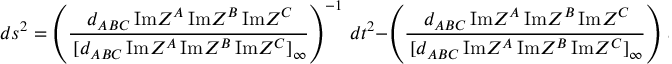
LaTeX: d s ^ { 2 } = \left( { \frac { \, d _ { A B C } \, \mathrm { I m } Z ^ { A } \, \mathrm { I m } Z ^ { B } \, \mathrm { I m } Z ^ { C } } { \, [ d _ { A B C } \, \mathrm { I m } Z ^ { A } \, \mathrm { I m } Z ^ { B } \, \mathrm { I m } Z ^ { C } ] _ { \infty } } } \right) ^ { - 1 } \, d t ^ { 2 } - \left( { \frac { \, d _ { A B C } \, \mathrm { I m } Z ^ { A } \, \mathrm { I m } Z ^ { B } \, \mathrm { I m } Z ^ { C } } { \, [ d _ { A B C } \, \mathrm { I m } Z ^ { A } \, \mathrm { I m } Z ^ { B } \, \mathrm { I m } Z ^ { C } ] _ { \infty } } } \right) \, d \vec { x } ^ { 2 } \ .